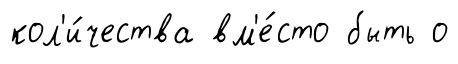
кол'и́чества вм'е́сто быть о